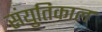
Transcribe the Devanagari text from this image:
संयुतिकाल